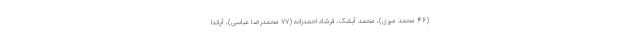
(۴۶ محمد میری)، محمد آبشک، فرشاد احمدزاده (۷۷ محمدرضا عباسی)، آیاندا